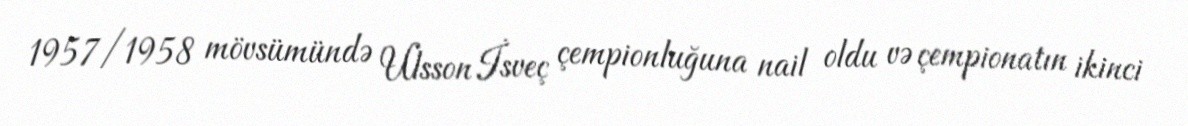
1957/1958 mövsümündə Ulsson İsveç çempionluğuna nail oldu və çempionatın ikinci